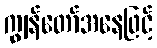
ကျွန်တော်အနေဖြင့်